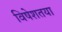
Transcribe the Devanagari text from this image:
विषेशतया